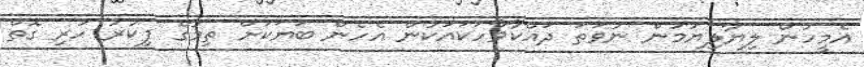
އެމީހުން ލިޔާލިޔުމުން ނުވަތަ ދައްކާވާހަކައަކުން އެހެން ބަޔަކަށް ތިމާގެ ފިކުރު ހުރި ގޮތް